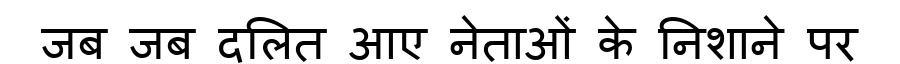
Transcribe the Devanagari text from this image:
जब जब दलित आए नेताओं के निशाने पर